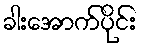
ခါးအောက်ပိုင်း